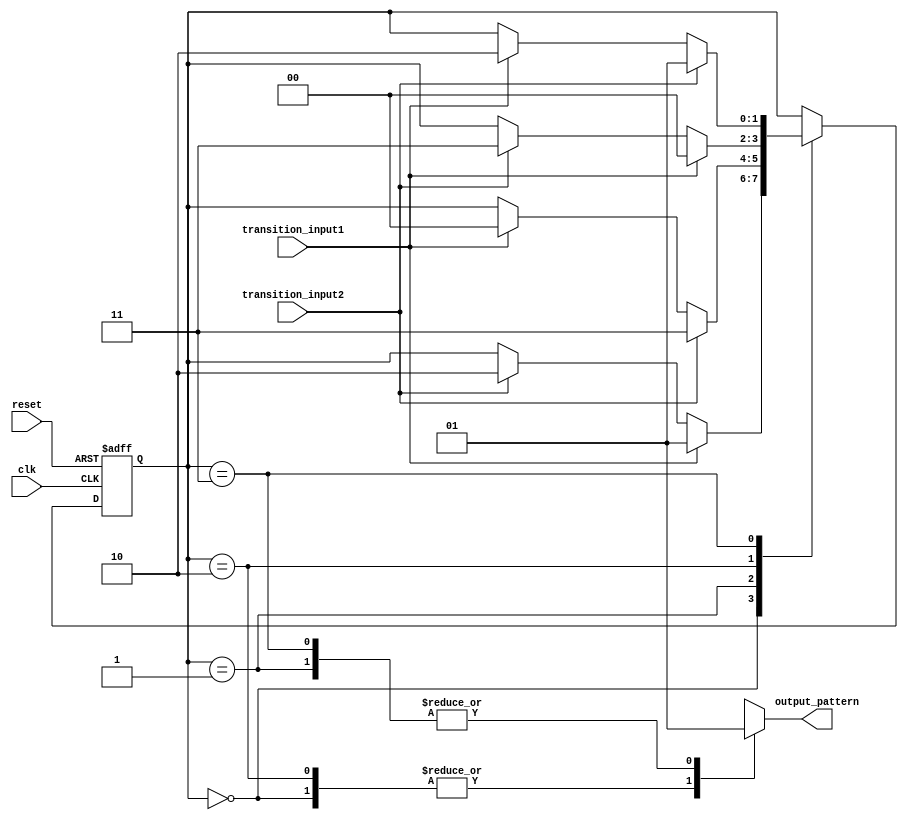
module state_machine(
    input wire clk,
    input wire reset,
    input wire transition_input1,
    input wire transition_input2,
    output reg output_pattern
);

// State encoding
parameter stateA = 2'b00;
parameter stateB = 2'b01;
parameter stateC = 2'b10;
parameter stateD = 2'b11;

// State register
reg [1:0] state_reg;
always @(posedge clk or posedge reset) begin
    if (reset) begin
        state_reg <= stateA;
    end else begin
        case (state_reg)
            stateA: begin
                if (transition_input1) begin
                    state_reg <= stateB;
                end else if (transition_input2) begin
                    state_reg <= stateC;
                end
            end
            stateB: begin
                if (transition_input2) begin
                    state_reg <= stateD;
                end else if (transition_input1) begin
                    state_reg <= stateA;
                end
            end
            stateC: begin
                if (transition_input1) begin
                    state_reg <= stateA;
                end else if (transition_input2) begin
                    state_reg <= stateD;
                end
            end
            stateD: begin
                if (transition_input2) begin
                    state_reg <= stateB;
                end else if (transition_input1) begin
                    state_reg <= stateC;
                end
            end
        endcase
    end
end

// Output pattern generation
always @(*) begin
    case (state_reg)
        stateA: output_pattern = 1'b0;
        stateB: output_pattern = 1'b1;
        stateC: output_pattern = 1'b0;
        stateD: output_pattern = 1'b1;
    endcase
end

endmodule